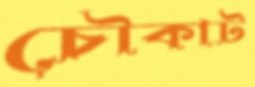
চৌকাট